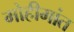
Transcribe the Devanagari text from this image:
मोहीमांत